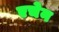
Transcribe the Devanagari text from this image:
एचेन